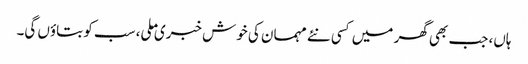
ہاں، جب بھی گھر میں کسی نئے مہمان کی خوش خبری ملی، سب کو بتاوٴں گی۔